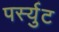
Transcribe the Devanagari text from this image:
पर्स्युट